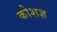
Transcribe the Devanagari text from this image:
कोशज्ञ